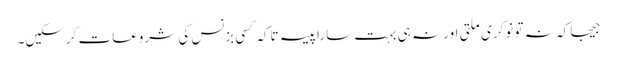
جیجا کہ نہ تو نوکری ملتی اور نہ ہی بہت سارا پیسہ تاکہ کسی بزنس کی شروعات کرسکیں۔